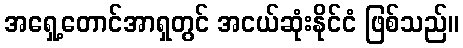
အရှေ့တောင်အာရှတွင် အငယ်ဆုံးနိုင်ငံ ဖြစ်သည်။